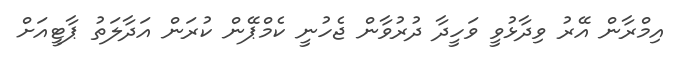
އިމްރާން އޭރު ވިދާޅުވީ ވަހީދާ ދުރުވާން ޖެހުނީ ކެމްޕޭން ކުރަން އަދާލަތު ޕާޓީއަށް